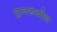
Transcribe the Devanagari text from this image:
पुलरुंबोल